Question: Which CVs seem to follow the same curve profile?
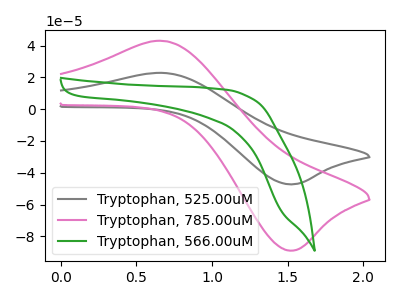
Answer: <think>The gray curve "Tryptophan, 525.00uM" has an anodic peak at (0.70V, 22.80uA) and a cathodic peak at (1.50V, -47.25uA). The pink curve "Tryptophan, 785.00uM" has an anodic peak at (0.70V, 42.90uA) and a cathodic peak at (1.50V, -88.95uA). The green curve "Tryptophan, 566.00uM" has no peaks.
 All the peaks in "Tryptophan, 525.00uM" have a peak in "Tryptophan, 785.00uM" at the same potential. Every peak in "Tryptophan, 525.00uM" is lower than every peak in "Tryptophan, 785.00uM". "Tryptophan, 525.00uM" and "Tryptophan, 566.00uM" have a different number of peaks. "Tryptophan, 785.00uM" and "Tryptophan, 566.00uM" have a different number of peaks.</think>
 <answer>"Tryptophan, 785.00uM" and "Tryptophan, 525.00uM" have the same shape and are likely CV's of the same chemical.</answer>
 <eval>"Tryptophan, 785.00uM" "Tryptophan, 525.00uM"</eval>